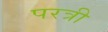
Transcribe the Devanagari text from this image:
परत्री